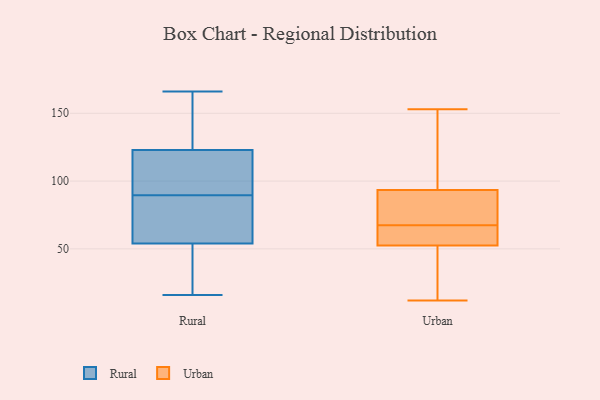
{"axis": {"x": "Customer Acquisition Cost (USD)", "y": "Value"}, "legend": ["Rural", "Urban"], "data": [{"x": "", "y": 54, "type": "Rural"}, {"x": "", "y": 153, "type": "Rural"}, {"x": "", "y": 82, "type": "Rural"}, {"x": "", "y": 23, "type": "Rural"}, {"x": "", "y": 110, "type": "Rural"}, {"x": "", "y": 166, "type": "Rural"}, {"x": "", "y": 88, "type": "Rural"}, {"x": "", "y": 19, "type": "Rural"}, {"x": "", "y": 123, "type": "Rural"}, {"x": "", "y": 127, "type": "Rural"}, {"x": "", "y": 145, "type": "Rural"}, {"x": "", "y": 98, "type": "Rural"}, {"x": "", "y": 91, "type": "Rural"}, {"x": "", "y": 59, "type": "Rural"}, {"x": "", "y": 44, "type": "Rural"}, {"x": "", "y": 16, "type": "Rural"}, {"x": "", "y": 104, "type": "Rural"}, {"x": "", "y": 82, "type": "Rural"}, {"x": "", "y": 12, "type": "Urban"}, {"x": "", "y": 65, "type": "Urban"}, {"x": "", "y": 153, "type": "Urban"}, {"x": "", "y": 60, "type": "Urban"}, {"x": "", "y": 45, "type": "Urban"}, {"x": "", "y": 97, "type": "Urban"}, {"x": "", "y": 62, "type": "Urban"}, {"x": "", "y": 45, "type": "Urban"}, {"x": "", "y": 144, "type": "Urban"}, {"x": "", "y": 90, "type": "Urban"}, {"x": "", "y": 70, "type": "Urban"}, {"x": "", "y": 86, "type": "Urban"}]}